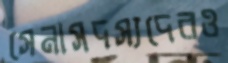
সেনাসদস্যদেরও